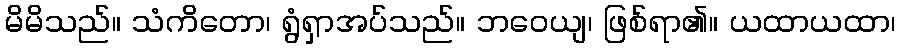
မိမိသည်။ သံကိတော၊ ရွံရှာအပ်သည်။ ဘဝေယျ၊ ဖြစ်ရာ၏။ ယထာယထာ၊